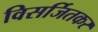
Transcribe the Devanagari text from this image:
विसर्जितकर